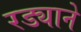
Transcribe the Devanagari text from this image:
रड्याने